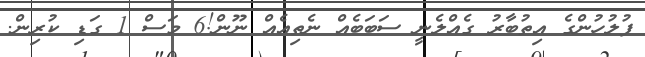
ފުލުހުންގެ އިތުބާރު ގެއްލެނީ ސަބަބެއް ނެތިއެއް ނޫން!6 މަސް 1 ގަޑި ކުރިން.